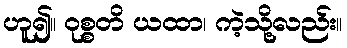
ဟူ၍။ ဝုစ္စတိ ယထာ၊ ကဲ့သို့လည်း။